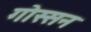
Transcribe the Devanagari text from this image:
गोस्सन